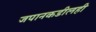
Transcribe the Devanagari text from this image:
जपानकडीलही